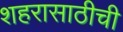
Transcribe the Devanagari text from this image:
शहरासाठीची